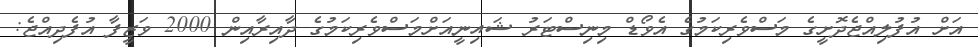
އަށް އުފުލިއްޖެދޮށީގެ މަސްވެރިކަމުގެ އެވޯޑް މިނިސްޓަރު ޝައިނީއަށްމަސްވެރިކަމުގެ ދާއިރާއިން 2000 ވަޒީފާ އުފެދިއްޖެ: